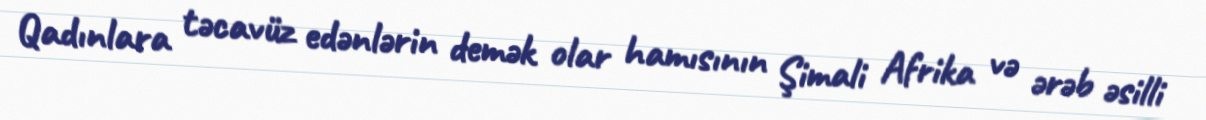
Qadınlara təcavüz edənlərin demək olar hamısının Şimali Afrika və ərəb əsilli